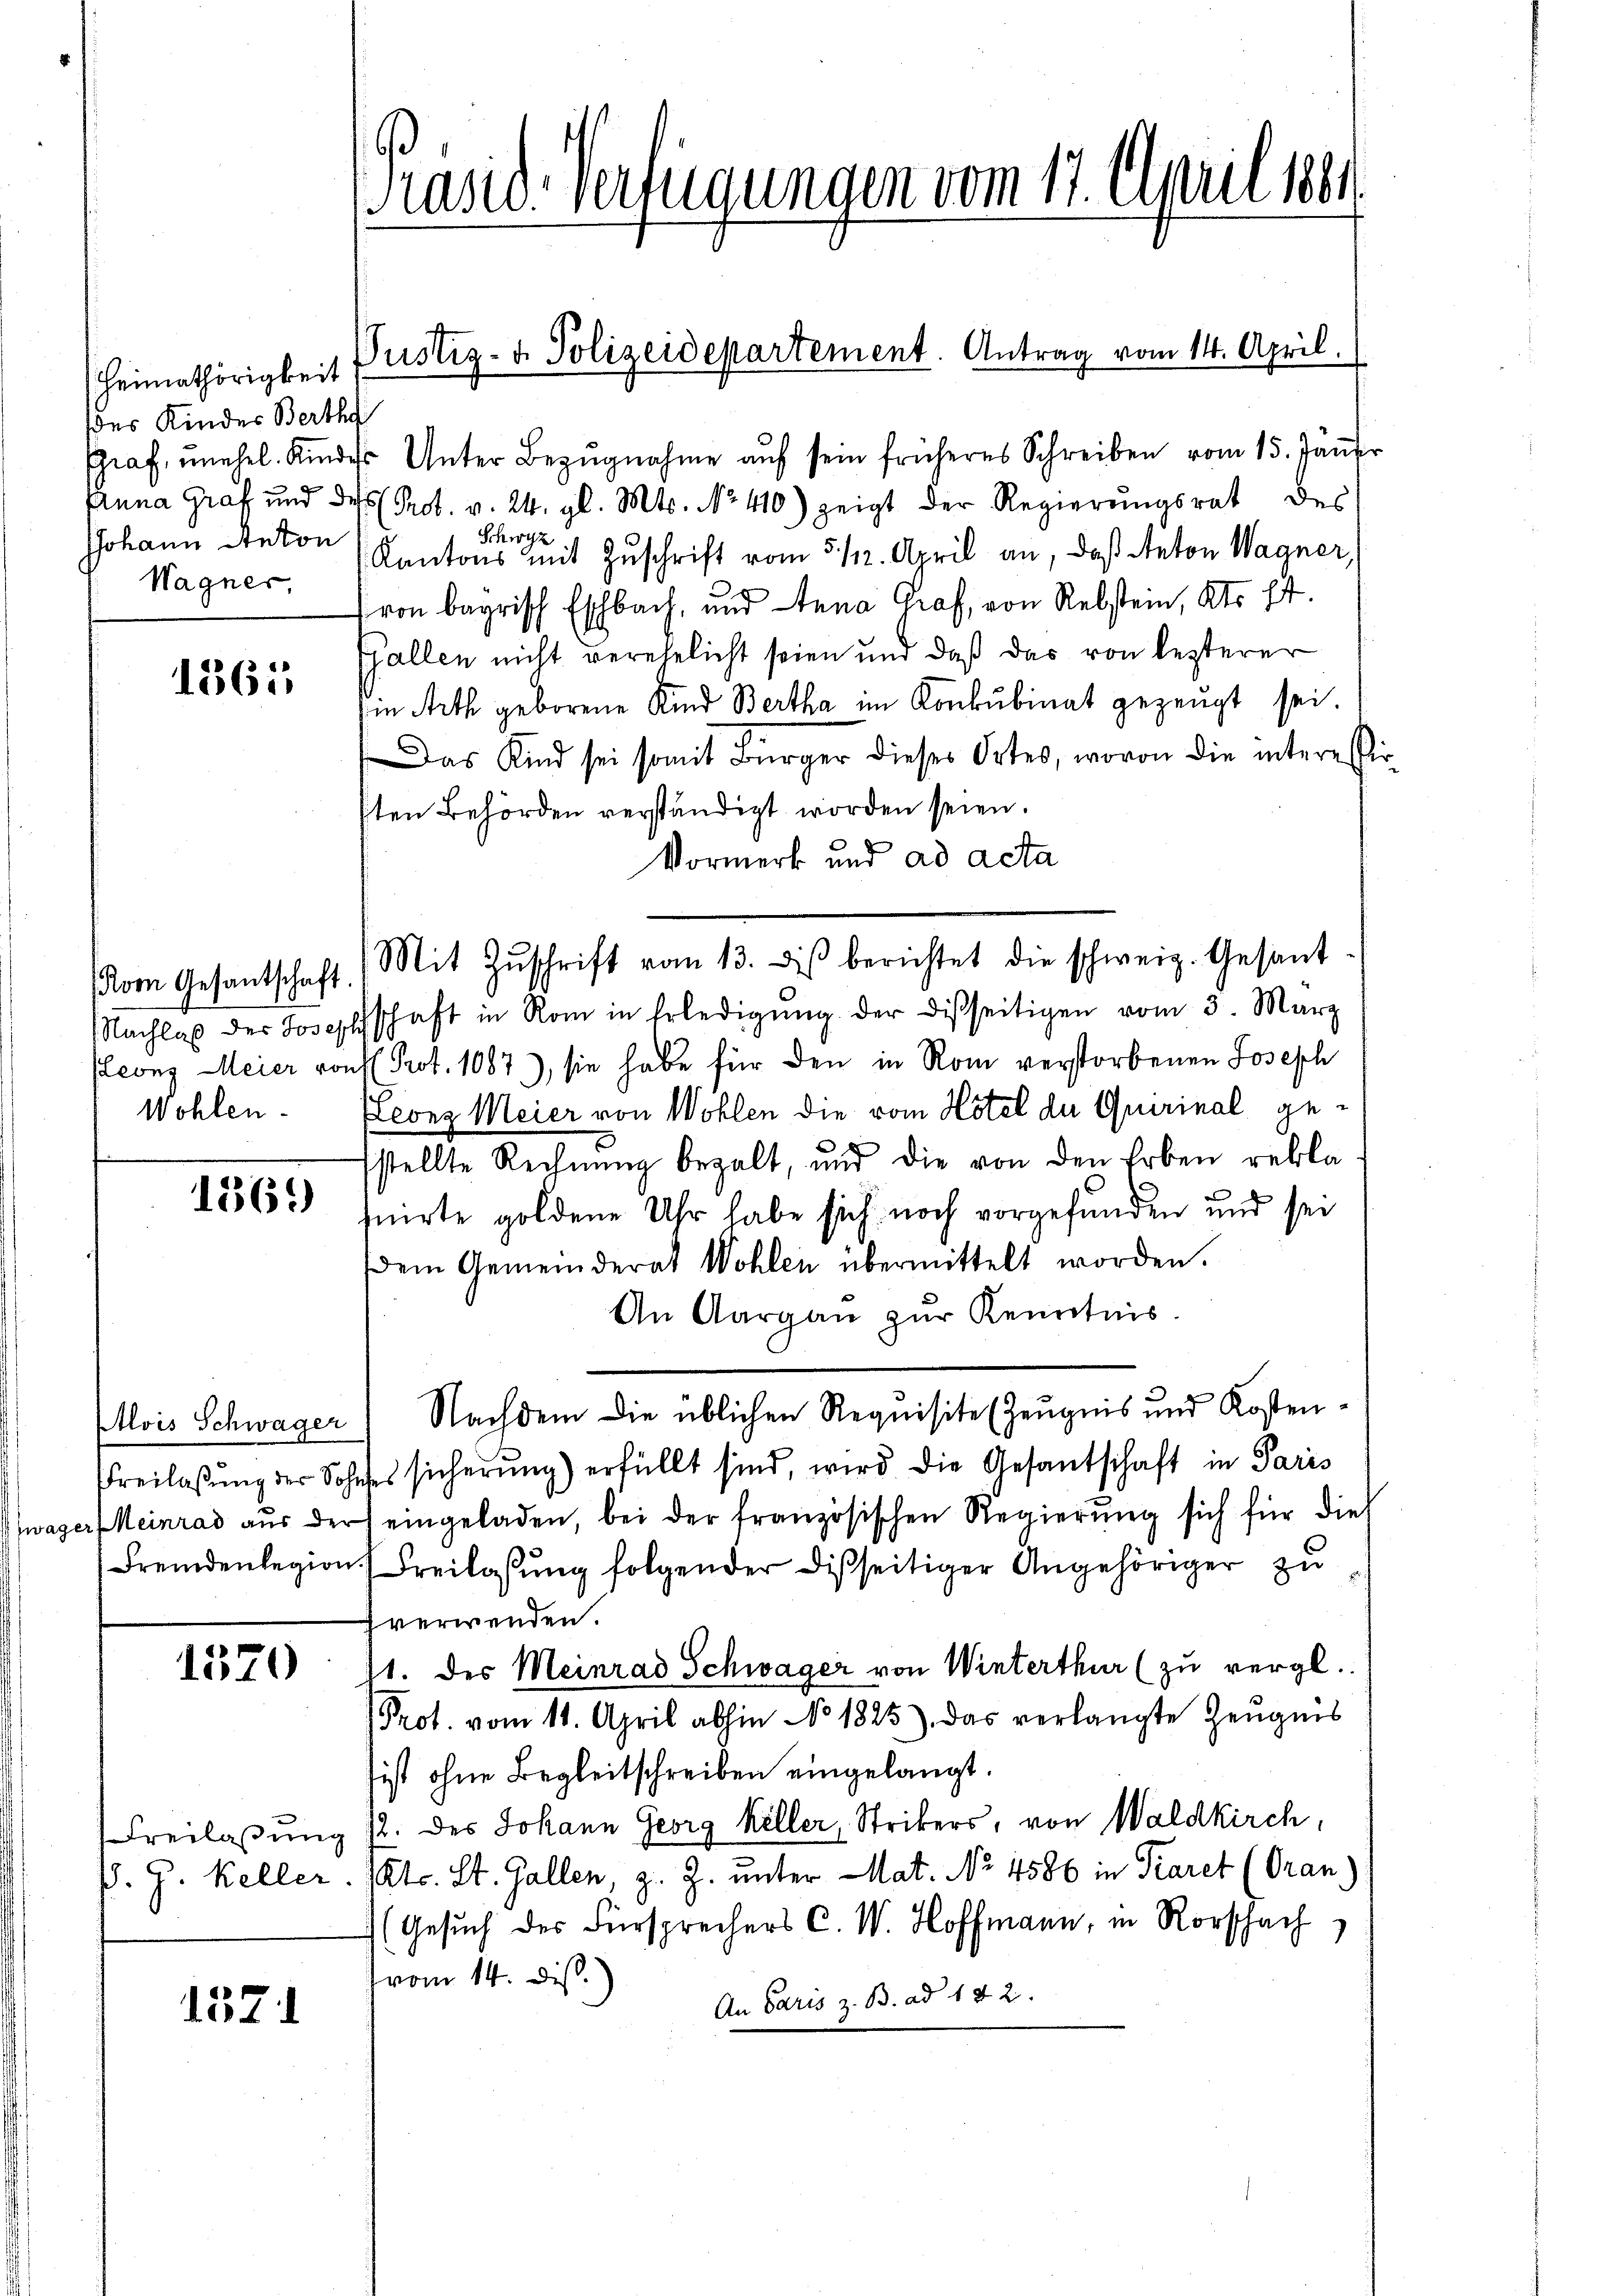
Heimathörigkeit
des Kinder Berthe
JJohann Anton
Wagner,

1365

Roon Gesantschaft.
Wohlen.

1361)

Mois Schwager

1520

1371

asid-Verfügungen vom 17. April 1881

Graf, unehel. Kindes Unter Bezŭgnahme auf sein früheres Schreiben vom 15. Jäner
Anna Graf und des Prot. v. 24. gl. Mts. No 410) zeigt der Regierungsrat des
Schwyz
Kantons mit Zuschrift vom 5. /12. April an, daß Anton Wagner,
von bayrisch Eschbach, und Anna Graf, von Rebstein, Kts. 14.
Gallen nicht verehelicht seien und daß das von lezterer
in Arth geborene Kind Bertha im Konkubinat gezeugt sei.
Das Kind sei somit Bürger dieses Ortes, wovon die interessig
kten Behörden verständigt worden seien.
Vormerk und ad acta
NNachlaß der Josephschaft in Rom in Erledigŭng der disseitigen vom 3. März
Leonz Meier von Prot. 1087), sie habe für den in Rom verstorbenen Joseph
Leonz Meier von Wohlen die vom Hôtel der Quirinal gefstellte Rechnŭng bezalt, und die von den Erben rekla
suirte goldene Uhr habe sich noch vorgefunden und sei
dem Gemeinderat Wohlen übermittelt worden.
An Aargau zur Kenntnis
Nachdem die üblichen Requisite (Zeugnis und Kosten.
Freilassŭng der Sohnes sicherung) erfüllt sind, wird die Gesandschaft in Paris
wager Heinrad aŭs der eingeladen, bei der französischen Regierŭng sich für dies
Fremdenlegion. (Freilassŭng folgender disseitiger Angehöriger zu
verwenden.
11. des Meinrad Schwager von Winterthur (zu vergl.
Prot. vom 11. April abhin No 1325). Das verlangte Zeugnis
ist ohne Begleitschreiben eingelangt.
Freilassung 12. des Johann Georg Keller, Strikers, von Waldkirch,
ß. J. Keller. Mts. St. Gallen, z. Z. unter Mat. No 4586 in Paret (Gran
(Gesuch des Fürsprechers C. W. Hoffmann, in Rorscha
vom 14. Diss.
An Paris z. B. ad 142.

Justiz- & Polizeidepartement. Antrag vom 14. April.

Mit Zŭschrift vom 13. ds berichtet die schweiz. Gesant